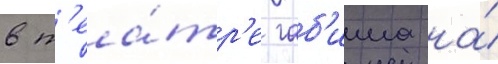
в т'еа́тр'е габ'има на́